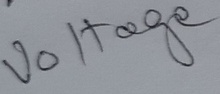
Text: Voltage